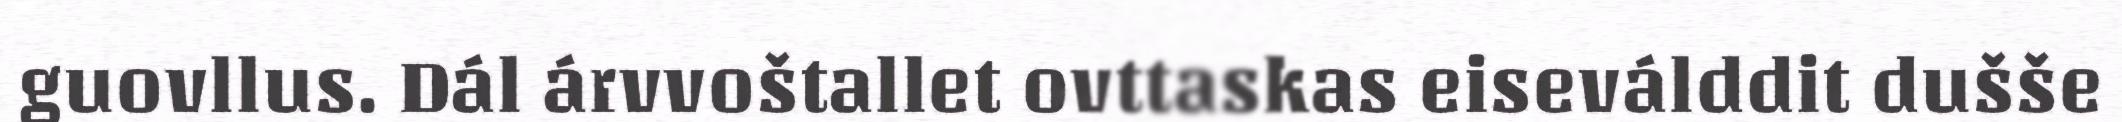
guovllus. Dál árvvoštallet ovttaskas eiseválddit dušše